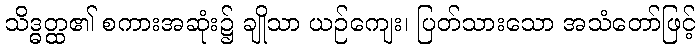
သိဒ္ဓတ္ထ၏ စကားအဆုံး၌ ချိုသာ ယဉ်ကျေး၊ ပြတ်သားသော အသံတော်ဖြင့်